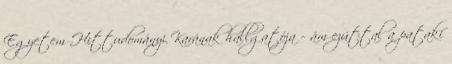
Egyetem Hittudományi Karának hallgatója – ám ezúttal a pataki